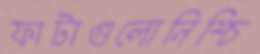
ফাটাগুলোনিশ্চি